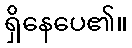
ရှိနေပေ၏။